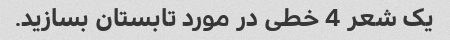
یک شعر 4 خطی در مورد تابستان بسازید.